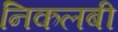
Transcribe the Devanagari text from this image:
निकलबी